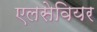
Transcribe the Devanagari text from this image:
एलसेवियर